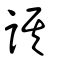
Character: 諆